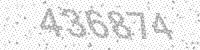
Solution: 436874